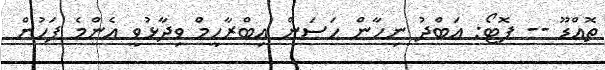
ތޮއްޑޫ -- ފޮޓޯ: އަބްދު ނިހާން ހަސަން އިބްރާހީމް ވިދާޅުވީ އެންމެ ފަހުން